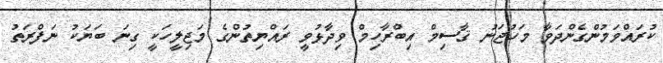
ކުރައްވަމުންގެންދަވާ މަހުޖަނު ޤާސިމް އިބްރާހިމް ވިދާޅުވީ ރައްޔިތުންގެ މަޖިލީހަކީ ގިނަ ބަޔަކު ނަފްރަތު